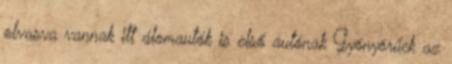
olvasva vannak itt álomautók is első autónak Gyönyörűek az